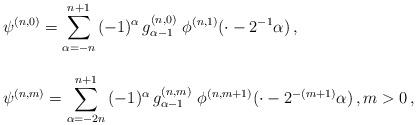
LaTeX: \begin{align*} \begin{array}{l}\displaystyle \psi^{(n,0)} = \sum_{\alpha = -n}^{n+1} \, (-1)^\alpha \, g_{\alpha-1}^{(n,0)} \ \phi^{(n,1)}(\cdot-2^{-1}\alpha)\,, \\ \\\displaystyle \psi^{(n,m)} = \sum_{\alpha =-2n}^{n+1} \, (-1)^\alpha \, g_{\alpha-1}^{(n,m)} \ \phi^{(n,m+1)}(\cdot-2^{-(m+1)}\alpha)\,, m>0\,,\end{array}\end{align*}